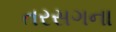
તરસગના